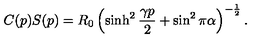
C ( p ) S ( p ) = R _ { 0 } \left( \sinh ^ { 2 } \frac { \gamma p } { 2 } + \sin ^ { 2 } \pi \alpha \right) ^ { - \frac { 1 } { 2 } } .